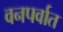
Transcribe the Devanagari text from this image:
वनपर्वात